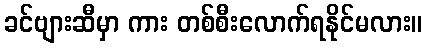
ခင်ဗျားဆီမှာ ကား တစ်စီးလောက်ရနိုင်မလား။